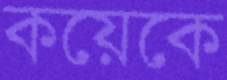
কয়েকে